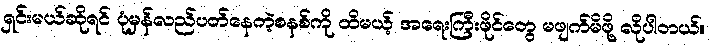
ရှင်းမယ်ဆိုရင် ပုံမှန်လည်ပတ်နေတဲ့စနစ်ကို ထိမယ့် အရေးကြီးဖိုင်တွေ မဖျက်မိဖို့ လိုပါတယ်။